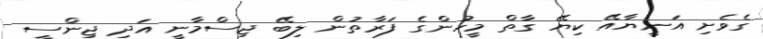
ގެވެށި އަނީޔާއޭ ކިޔޭ ގާތް މީހުންގެ ފަރާތުން ލިބޭ ޖިސްމާނީ އަދި ޖިންސީ